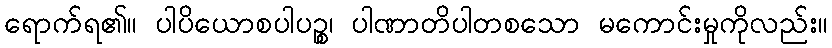
ရောက်ရ၏။ ပါပိယောစပါပဉ္စ၊ ပါဏာတိပါတစသော မကောင်းမှုကိုလည်း။